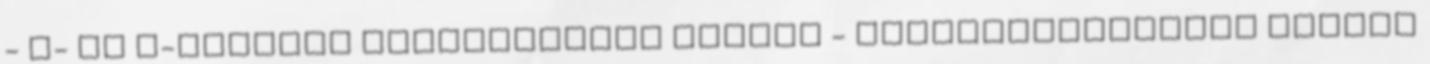
- A- és D-vitamin túladagolása esetén - veseelégtelenség esetén